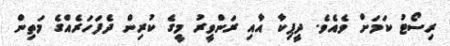
ރިސޯޓު ކަމަށް ވެއެވެ. ދީޕިކާ އާއި ރަންވީރު މީގެ ކުރިން ދެފަހަރެއްގެ މަތިން